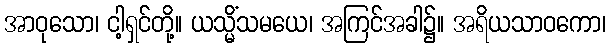
အာဝုသော၊ ငါ့ရှင်တို့။ ယသ္မိံသမယေ၊ အကြင်အခါ၌။ အရိယသာဝကော၊